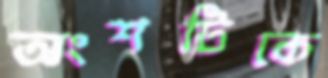
অংশটিকে